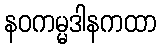
နဝကမ္မဒါနကထာ